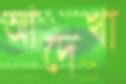
আদেখা